Annual vaccination report of Bihar and Orissa - 1911-1928
Year: 1911
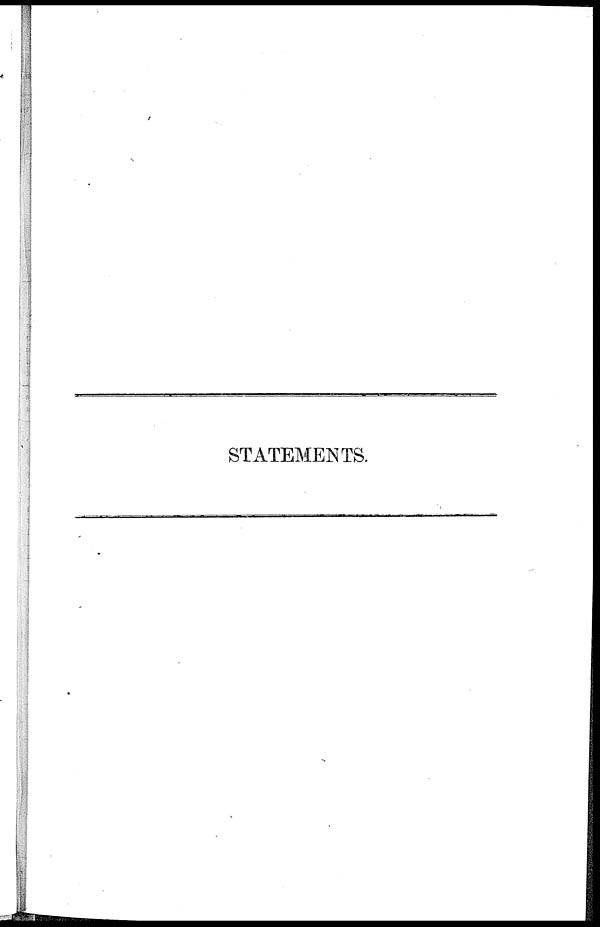
STATEMENTS.